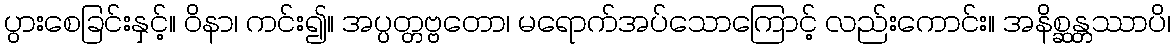
ပွားစေခြင်းနှင့်။ ဝိနာ၊ ကင်း၍။ အပ္ပတ္တဗ္ဗတော၊ မရောက်အပ်သောကြောင့် လည်းကောင်း။ အနိစ္ဆန္တဿာပိ၊